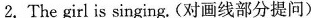
2.\underline{The girl} is singing，(对画线部分提问)